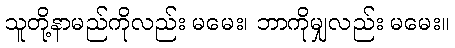
သူတို့နာမည်ကိုလည်း မမေး၊ ဘာကိုမျှလည်း မမေး။